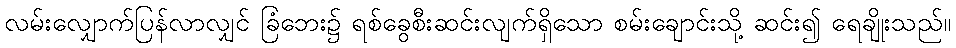
လမ်းလျှောက်ပြန်လာလျှင် ခြံဘေး၌ ရစ်ခွေစီးဆင်းလျက်ရှိသော စမ်းချောင်းသို့ ဆင်း၍ ရေချိုးသည်။